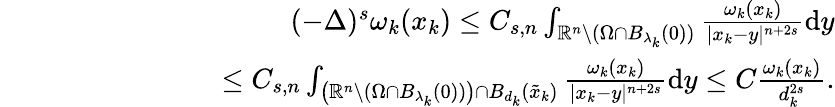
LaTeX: \begin{array}{rlr}&{}&{(-\Delta)^{s}\omega_{k}(x_{k})\leq C_{s,n}\int_{\mathbb R^{n}\setminus(\Omega\cap B_{\lambda_{k}}(0))}\frac{\omega_{k}(x_{k})}{|x_{k}-y|^{n+2s}}\mathrm{d}y}\\ &{}&{\qquad\qquad\quad\, \, \, \, \, \leq C_{s,n}\int_{\left(\mathbb R^{n}\setminus(\Omega\cap B_{\lambda_{k}}(0))\right)\cap B_{d_{k}}(\tilde{x}_{k})}\frac{\omega_{k}(x_{k})}{|x_{k}-y|^{n+2s}}\mathrm{d}y\leq C\frac{\omega_{k}(x_{k})}{d_{k}^{2s}}.}\end{array}